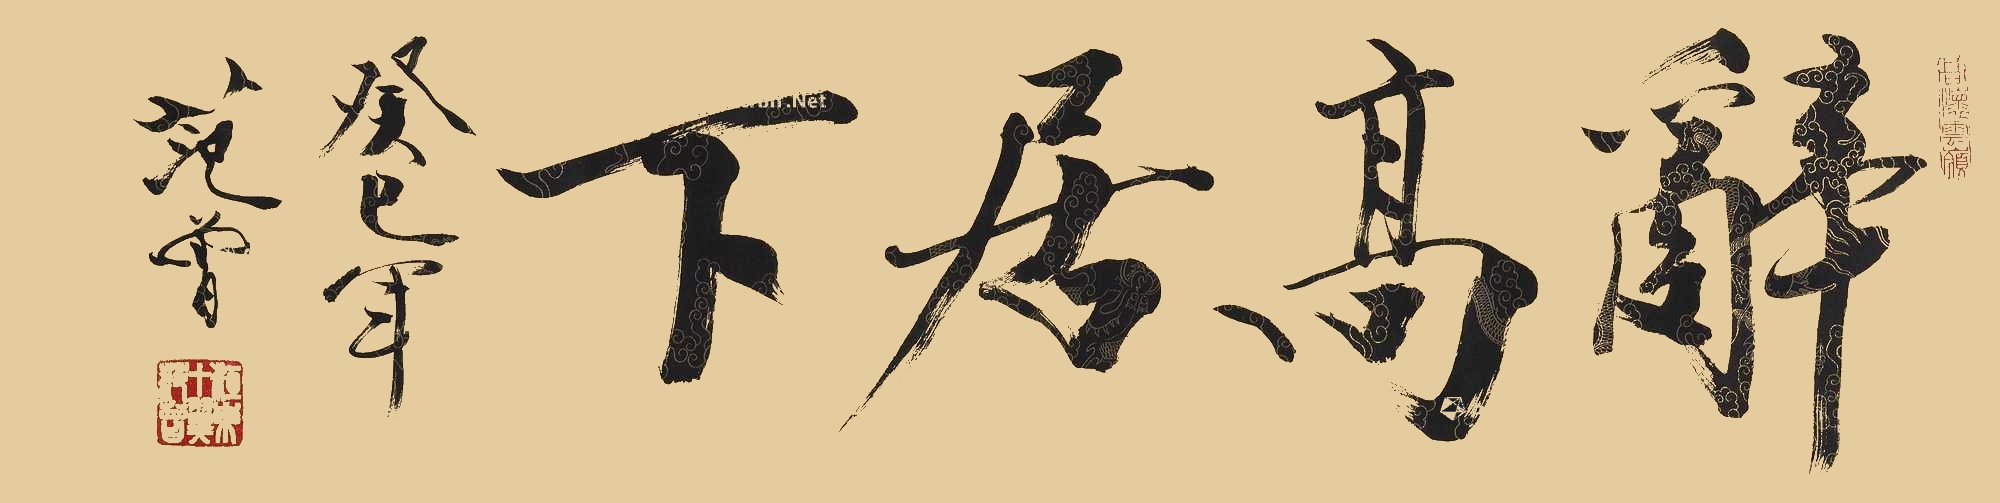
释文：辞高居下。癸巳年，范曾。